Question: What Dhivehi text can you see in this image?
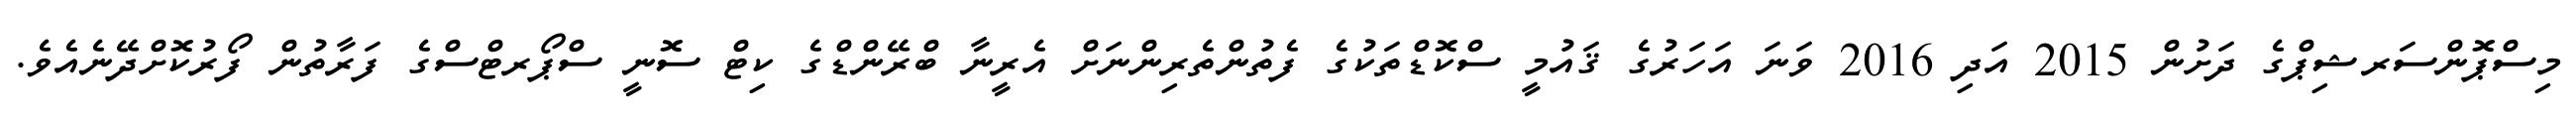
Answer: މިސްޕޮންސަރޝިޕްގެ ދަށުން 2015 އަދި 2016 ވަނަ އަހަރުގެ ޤައުމީ ސްކޮޑްތަކުގެ ފެތުންތެރިންނަށް އެރީނާ ބްރޭންޑްގެ ކިޓް ސޮނީ ސްޕޯރޓްސްގެ ފަރާތުން ފޯރުކޮށްދޭނެއެވެ.